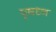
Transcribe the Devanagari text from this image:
पृषध्न